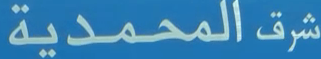
شرقالمحمدية